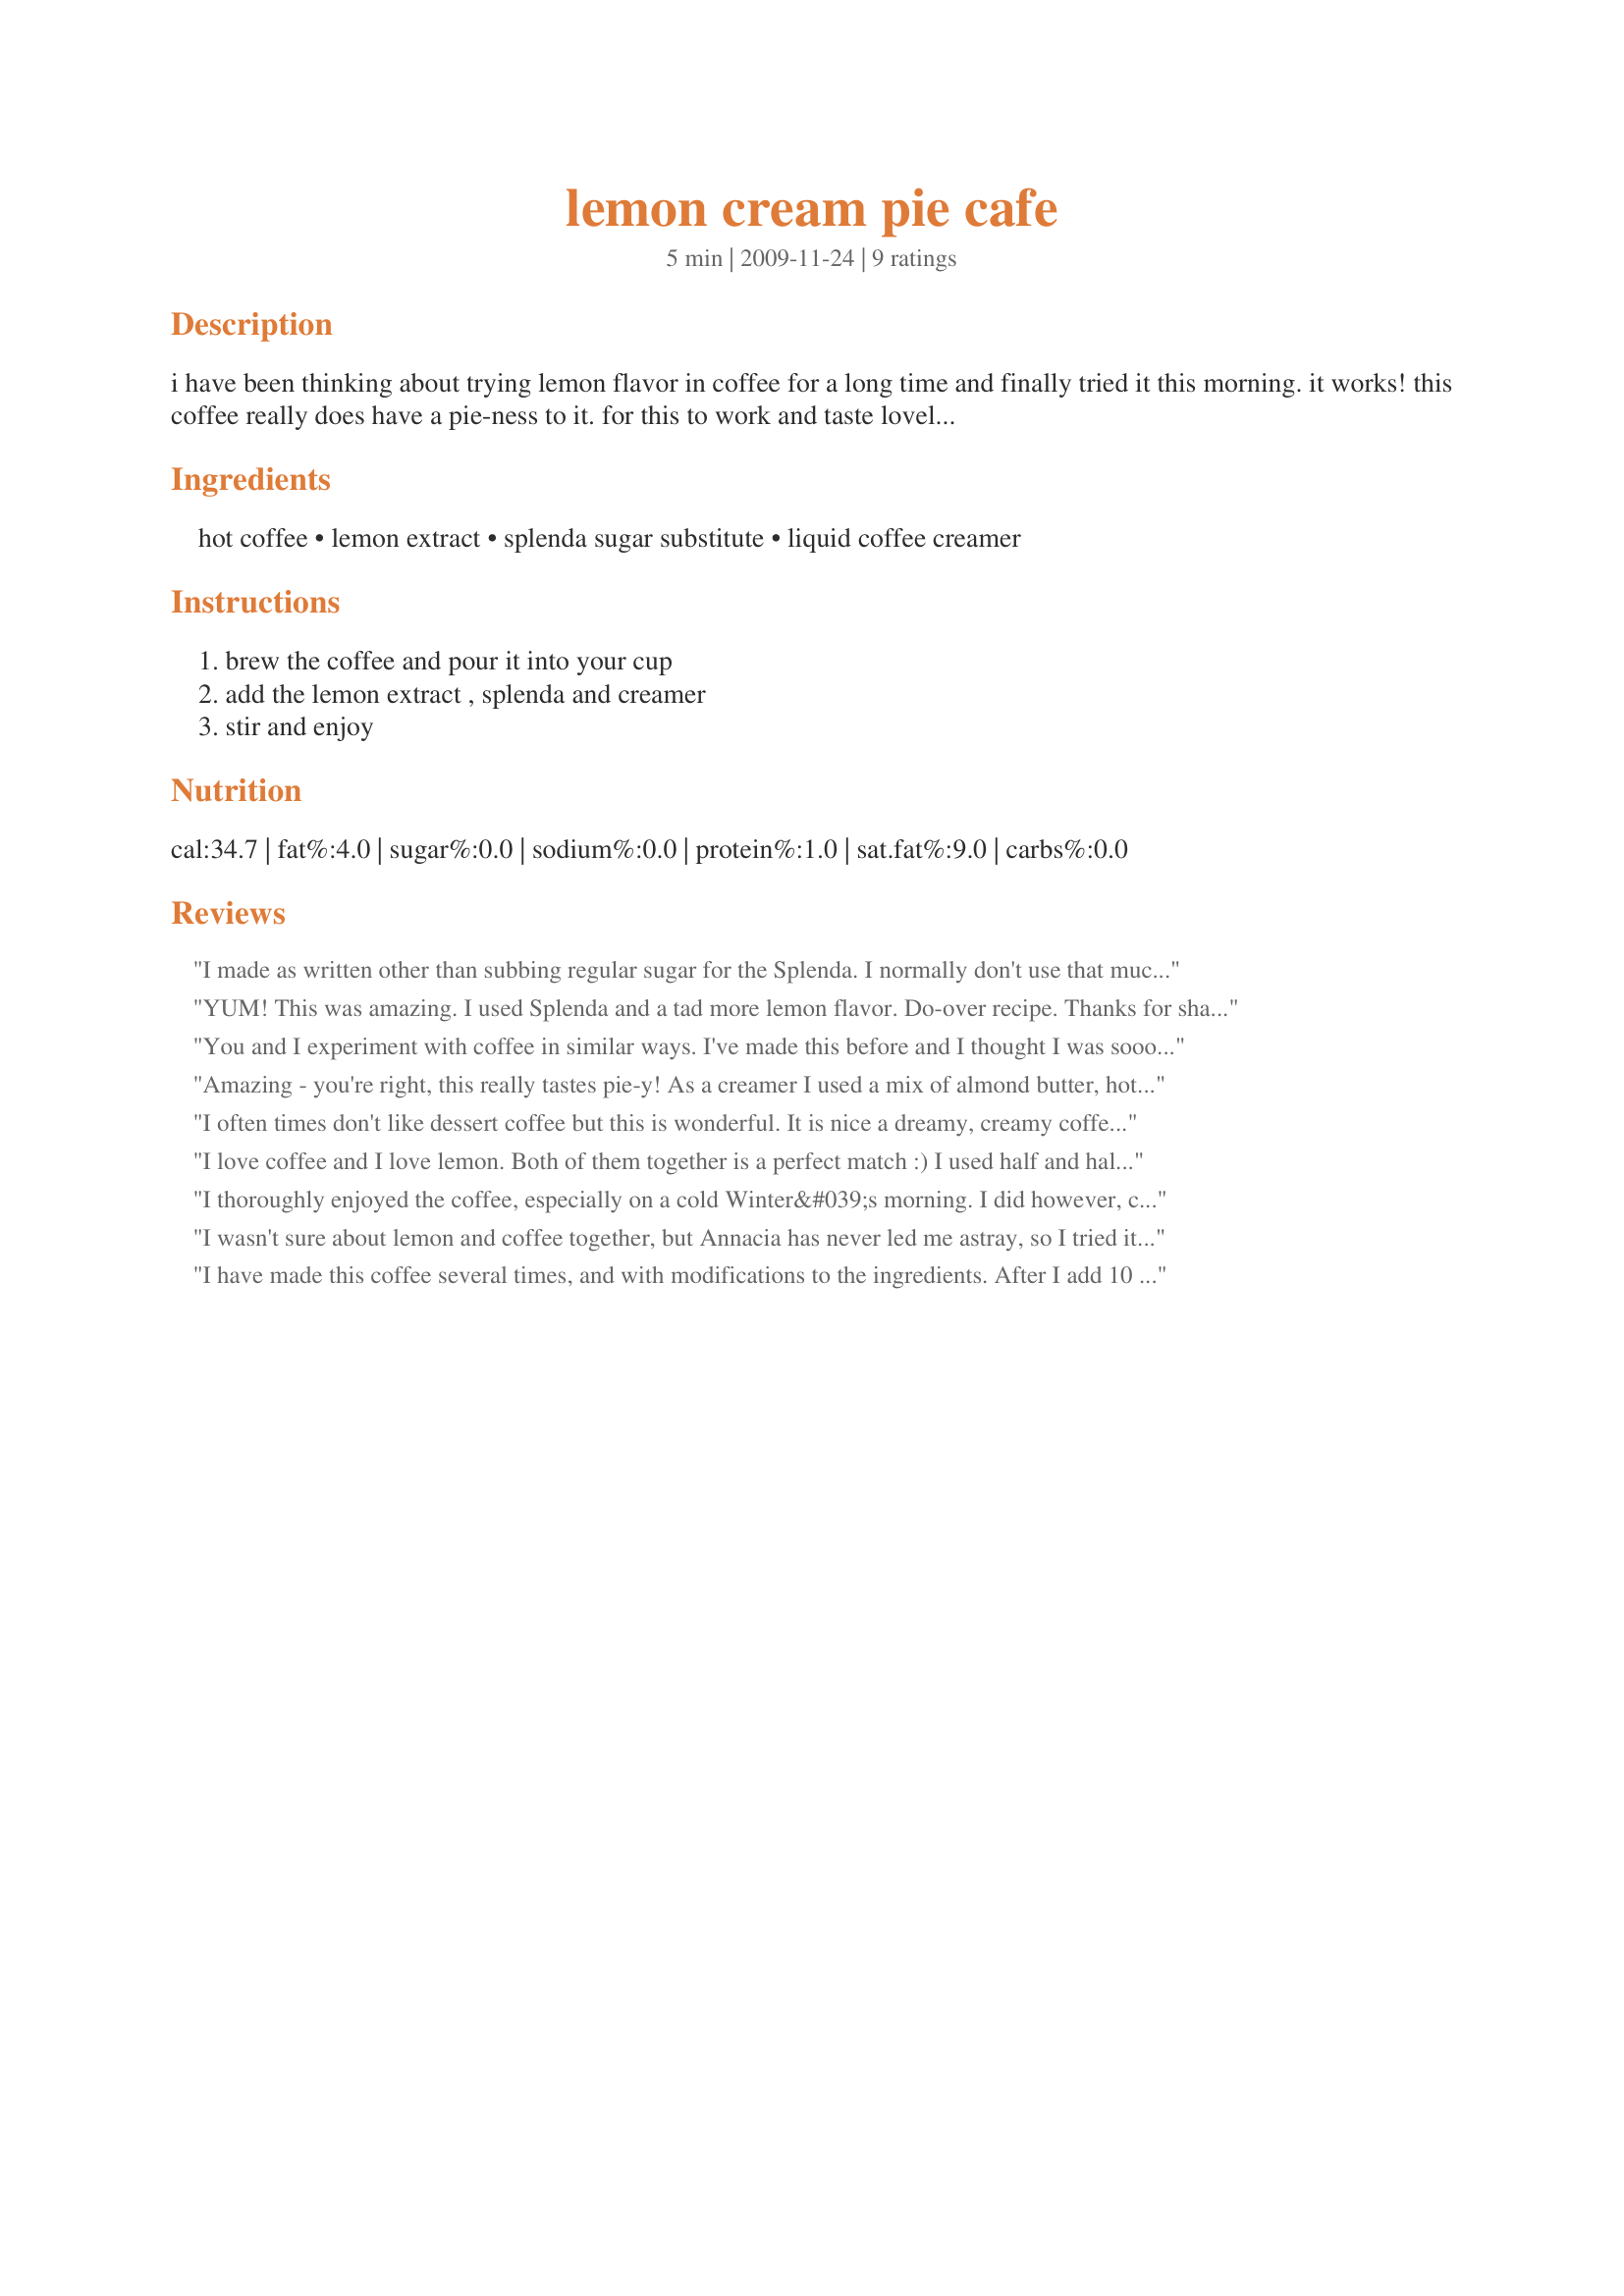
lemon cream pie cafe
Preparation time: 5 minutes

i have been thinking about trying lemon flavor in coffee for a long time and finally tried it this morning. it works! this coffee really does have a pie-ness to it. for this to work and taste lovely you need the sweetening and creamer. you can use more sweetening and creamer if you like but don't cut it back.

Ingredients:
hot coffee, lemon extract, splenda sugar substitute, liquid coffee creamer

Steps:
brew the coffee and pour it into your cup, add the lemon extract , splenda and creamer, stir and enjoy

Reviews:
I made as written other than subbing regular sugar for the Splenda. I normally don't use that much sugar in my coffee but did since it was supposed to be dessert/pie-like. It seemed like too much sugar to me. Granted, I am not much of a sweets person though. Once I diluted it with more coffee though it was great! I love the combo of coffee and lemon. I will make this again, just with less sugar
YUM! This was amazing. I used Splenda and a tad more lemon flavor. Do-over recipe. Thanks for sharing!
You and I experiment with coffee in similar ways. I've made this before and I thought I was sooooo smart to have come up with it. Turns out you are just as smart as me and that is definitely a good thing! This is a lovely treat I make on occasion when I want a different kind of coffee treat.
Amazing - you're right, this really tastes pie-y! As a creamer I used a mix of almond butter, hot water and a little unflavored protein powder which added a tiny bit of almond flavor, too, and made it somewhat creamy. I didn't use artificial sweetener, though, but brown rice syrup, which also matched well. Great no-fuss treat at work :D
Thanks for posting!
Made for Comfort Cafe Snowqueen's Round 2010.
I often times don't like dessert coffee but this is wonderful. It is nice a dreamy, creamy coffee that is perfect for after dinner coffee. I followed the directions exactly. Made for *Partying the Diabetic Way*
I love coffee and I love lemon. Both of them together is a perfect match :) I used half and half and splenda. Thanks Annacia :) Made for Photo tag
I thoroughly enjoyed the coffee, especially on a cold Winter&#039;s morning. I did however, change it up a bit. I only added 2 individual packets of Splenda (which was a bit less than a teaspoon), plus I added a tablespoon of half &amp; half. I also topped my coffee with some whipped topping. It was yummy! Glad I came across this recipe. It will go into my recipe box.
I wasn't sure about lemon and coffee together, but Annacia has never led me astray, so I tried it, and it is GOOD! I topped mine with a bit of whipped cream, since I used milk instead of creamer (didn't have any). Made for Winter 2010 Comfort Cafe game.
I have made this coffee several times, and with modifications to the ingredients. After I add 10 ounces of water to my coffee cup, I add 1-1/2 teaspoons of instant coffee, and heat it in the microwave. I then stirred in 1 tablespoon of granulated sugar, 4-1/2 teaspoons of Coffee-Mate Powdered Coffee Creamer, plus the extract. I topped the coffee with a heavy amount of Reddi-Wip Whipped Topping, and thoroughly enjoyed the coffee! I did notice, after some of the Reddi-Wip had melted into the coffee, it made the coffee even more creamy, but oh so delicious! I highly recommend topping your cup of coffee with some sort of whipped topping, it adds just that little bit of something extra which you will enjoy. Thank you Annacia for sharing this recipe, this one&#039;s definitely a keeper!
